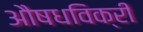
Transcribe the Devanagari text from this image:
औषधविक्री